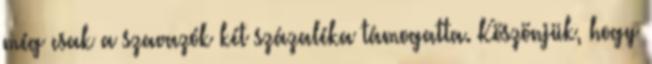
még csak a szavazók két százaléka támogatta. Köszönjük, hogy